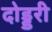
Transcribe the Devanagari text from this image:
दोड्डरी